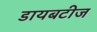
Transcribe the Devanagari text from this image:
डायबटीज